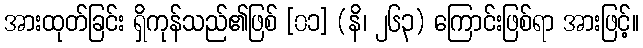
အားထုတ်ခြင်း ရှိကုန်သည်၏ဖြစ် [၀၁] (နိ၊ ၂၆၃) ကြောင်းဖြစ်ရာ အားဖြင့်။